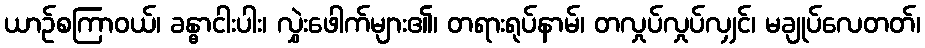
ယာဉ်စကြာဝယ်၊ ခန္ဓာငါးပါး၊ လွှဲးဖေါက်များ၏၊ တရားရုပ်နာမ်၊ တလှုပ်လှုပ်လျှင်၊ မချုပ်လေတတ်၊